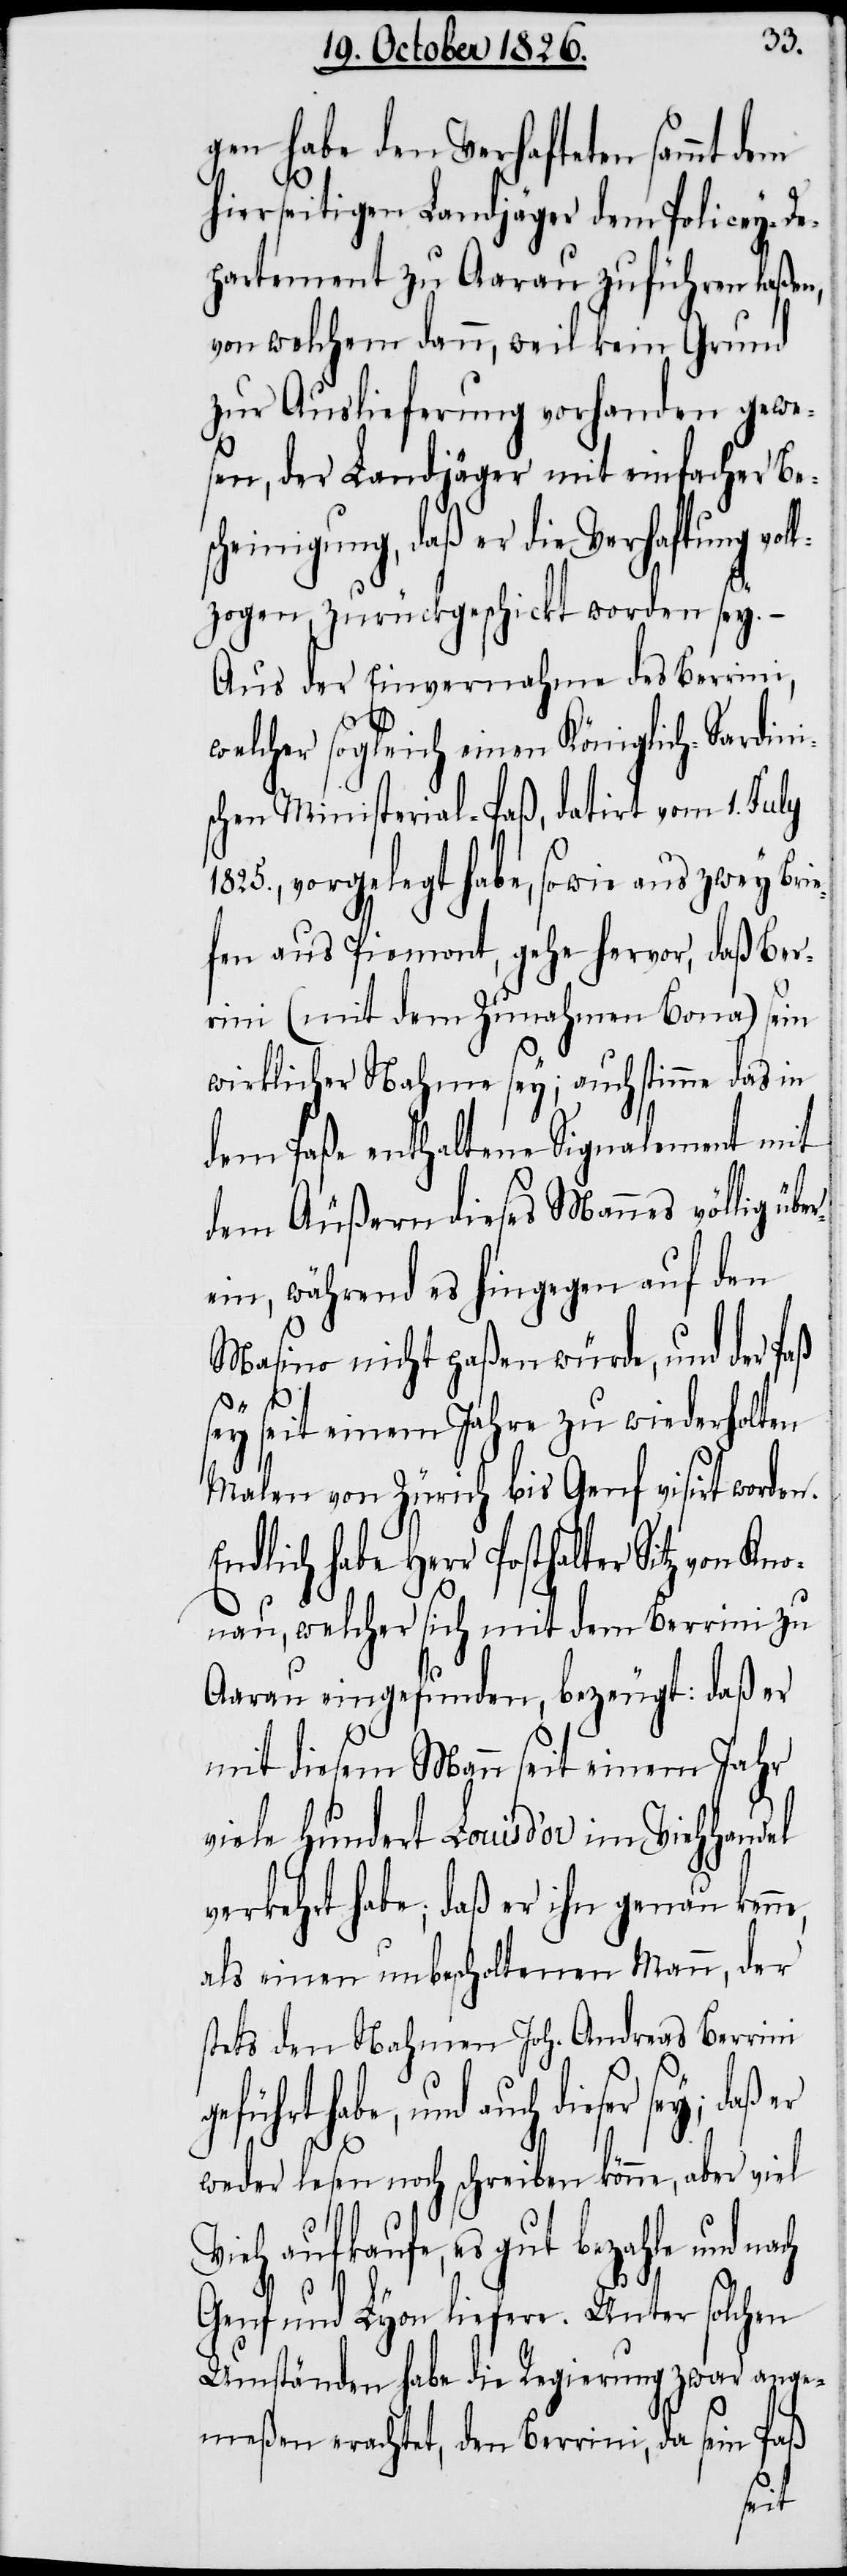
gen hat den Verhafteten sammt dem
hierseitigen Landjäger dem Policey-De¬
partement zu Aarau zuführen laßen,
von welchem dann, weil kein Grund
zur Auslieferung vorhanden gewe¬
sen, der Landjäger mit einfacher Be¬
scheinigung, daß er die Verhaftung vol¬
lzogen, zurückgeschickt worden sey.
Aus der Einvernahme des Berrini,
welcher sogleich einen Königlich-Sardini¬
schen Ministerial-Paß, datirt vom 1. July
1825., vorgelegt habe, sowie aus zwey Bri¬
efen aus Piemont, gehe hervor, daß Ber¬
rini (mit dem Zunahmen Bona) sein
wirklicher Nahme sey; auch stimme das in
dem Paße enthaltene Signalement mit
dem Äußern dieses Mannes völlig üb¬
ein, während es hingegen auf den
Masino nicht paßen würde, und der Paß
sey seit einem Jahre zu wiederholten
Malen von Zürich bis Genf visirt worden.
ndlich habe Herr Posthalter Sitz von
nau, welcher sich mit dem Berrini zu
Aarau eingefunden, bezeugt: daß er
mit diesem Mann seit einem Jahr
viele hundert Louis d’or im Viehhand¬
verkehrt habe; daß er ihn genau ken¬
als einen unbescholtenen Mann, der
stets den Nahmen Joh. Andreas Berrini
geführt habe, und auch dieser
weder lesen noch schreiben könne, aber viel
Vieh aufkaufe, es gut bezahle und na¬
Genf und Lyon liefere. Unter solchen
Umständen habe die Regierung zwar ange¬
ch
meßen erachtet, den Berrini, da sein Paß